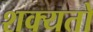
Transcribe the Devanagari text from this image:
शक्‍यतो